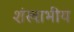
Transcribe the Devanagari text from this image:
शंखाभीय